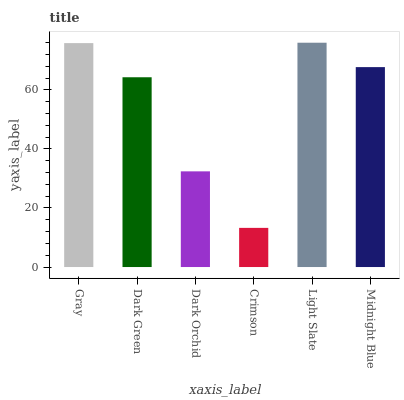
| xaxis_label | bars |
 | --- | --- |
 | Gray | 75.8 |
 | Dark Green | 64.3 |
 | Dark Orchid | 32.4 |
 | Crimson | 13.3 |
 | Light Slate | 76 |
 | Midnight Blue | 67.7 |